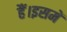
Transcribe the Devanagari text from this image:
हैं।इसमें